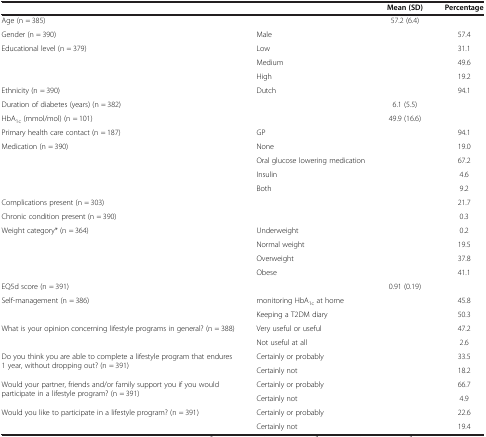
<table><thead><tr><td><b> </b></td><td><b> </b></td><td><b>Mean (SD)</b></td><td><b>Percentage</b></td></tr></thead><tbody><tr><td>Age (n = 385)</td><td> </td><td>57.2 (6.4)</td><td> </td></tr><tr><td>Gender (n = 390)</td><td>Male</td><td> </td><td>57.4</td></tr><tr><td>Educational level (n = 379)</td><td>Low</td><td> </td><td>31.1</td></tr><tr><td> </td><td>Medium</td><td> </td><td>49.6</td></tr><tr><td> </td><td>High</td><td> </td><td>19.2</td></tr><tr><td>Ethnicity (n = 390)</td><td>Dutch</td><td> </td><td>94.1</td></tr><tr><td>Duration of diabetes (years) (n = 382)</td><td> </td><td>6.1 (5.5)</td><td> </td></tr><tr><td>HbA<sub>1c</sub> (mmol/mol) (n = 101)</td><td> </td><td>49.9 (16.6)</td><td> </td></tr><tr><td>Primary health care contact (n = 187)</td><td>GP</td><td> </td><td>94.1</td></tr><tr><td>Medication (n = 390)</td><td>None</td><td> </td><td>19.0</td></tr><tr><td> </td><td>Oral glucose lowering medication</td><td> </td><td>67.2</td></tr><tr><td> </td><td>Insulin</td><td> </td><td>4.6</td></tr><tr><td> </td><td>Both</td><td> </td><td>9.2</td></tr><tr><td>Complications present (n = 303)</td><td> </td><td> </td><td>21.7</td></tr><tr><td>Chronic condition present (n = 390)</td><td> </td><td> </td><td>0.3</td></tr><tr><td>Weight category* (n = 364)</td><td>Underweight</td><td> </td><td>0.2</td></tr><tr><td> </td><td>Normal weight</td><td> </td><td>19.5</td></tr><tr><td> </td><td>Overweight</td><td> </td><td>37.8</td></tr><tr><td> </td><td>Obese</td><td> </td><td>41.1</td></tr><tr><td>EQ5d score (n = 391)</td><td> </td><td>0.91 (0.19)</td><td> </td></tr><tr><td>Self-management (n = 386)</td><td>monitoring HbA<sub>1c</sub> at home</td><td> </td><td>45.8</td></tr><tr><td> </td><td>Keeping a T2DM diary</td><td> </td><td>50.3</td></tr><tr><td rowspan="2">What is your opinion concerning lifestyle programs in general? (n = 388)</td><td>Very useful or useful</td><td> </td><td>47.2</td></tr><tr><td>Not useful at all</td><td> </td><td>2.6</td></tr><tr><td rowspan="2">Do you think you are able to complete a lifestyle program that endures 1 year, without dropping out? (n = 391)</td><td>Certainly or probably</td><td> </td><td>33.5</td></tr><tr><td>Certainly not</td><td> </td><td>18.2</td></tr><tr><td rowspan="2">Would your partner, friends and/or family support you if you would participate in a lifestyle program? (n = 391)</td><td>Certainly or probably</td><td> </td><td>66.7</td></tr><tr><td>Certainly not</td><td> </td><td>4.9</td></tr><tr><td>Would you like to participate in a lifestyle program? (n = 391)</td><td>Certainly or probably</td><td> </td><td>22.6</td></tr><tr><td> </td><td>Certainly not</td><td> </td><td>19.4</td></tr></tbody></table>